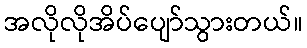
အလိုလိုအိပ်ပျော်သွားတယ်။